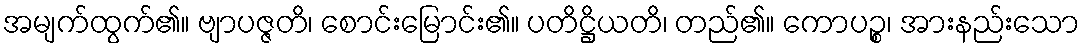
အမျက်ထွက်၏။ ဗျာပဇ္ဇတိ၊ စောင်းမြောင်း၏။ ပတိဋ္ဌိယတိ၊ တည်၏။ ကောပဉ္စ၊ အားနည်းသော